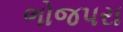
ભોજપરા